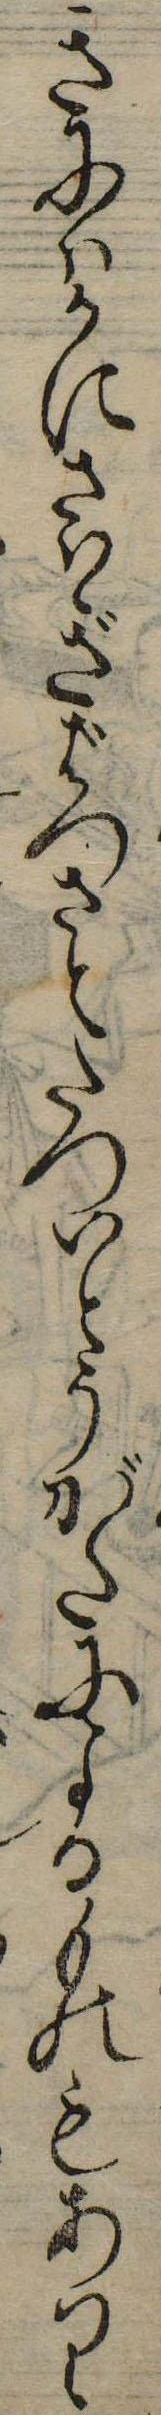
きにはかにさはぎばつさとたついとうがたによるものもあり